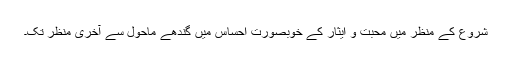
شروع کے منظر میں محبت و ایثار کے خوبصورت احساس میں گندھے ماحول سے آخری منظر تک۔